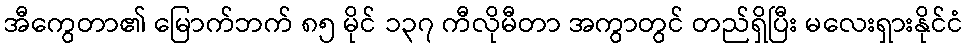
အီကွေတာ၏ မြောက်ဘက် ၈၅ မိုင် ၁၃၇ ကီလိုမီတာ အကွာတွင် တည်ရှိပြီး မလေးရှားနိုင်ငံ